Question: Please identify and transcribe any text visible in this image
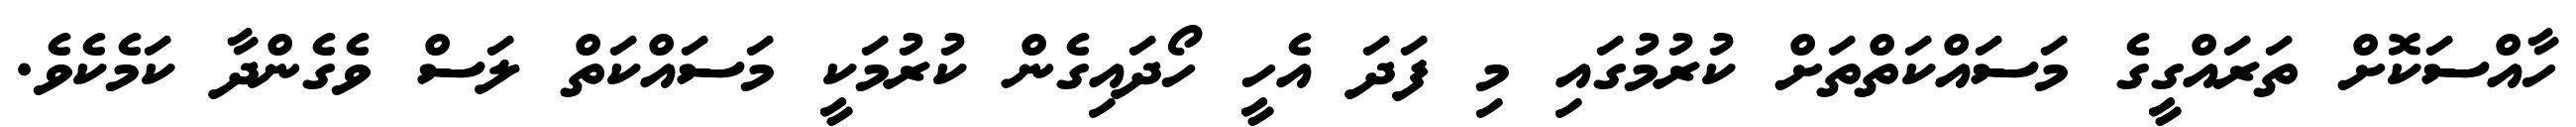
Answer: ހާއްސަކޮށް ތަރައްގީގެ މަސައްކަތްތަށް ކުރުމުގައި މި ފަދަ އެހީ ހޯދައިގެން ކުރުމަކީ މަސައްކަތް ލަސް ވެގެންދާ ކަމެކެވެ.